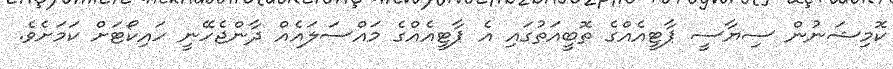
ކޮމިޝަނުން ސިޔާސީ ޕާޓީއެއްގެ ތޮބީއަތުގައި އެ ޕާޓީއެއްގެ މައްސަލައެއް ދާންޖެހޭނީ ހައިކޯޓަށް ކަމަށެވެ.